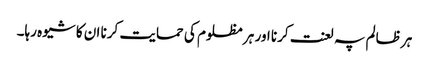
ہر ظالم پہ لعنت کرنا اور ہر مظلوم کی حمایت کرنا ان کا شیوہ رہا۔